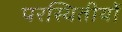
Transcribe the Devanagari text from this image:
परस्थितीयों